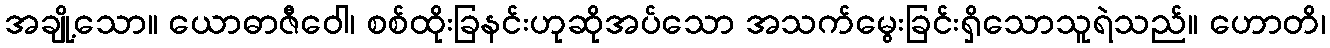
အချို့သော။ ယောဓာဇီဝေါ၊ စစ်ထိုးခြနင်းဟုဆိုအပ်သော အသက်မွေးခြင်းရှိသောသူရဲသည်။ ဟောတိ၊